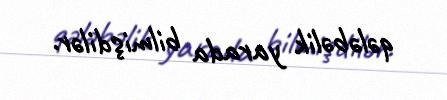
qələbəlik yarada bilmişdilər.